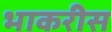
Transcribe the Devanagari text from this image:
भाकरीस